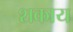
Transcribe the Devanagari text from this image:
शकाय